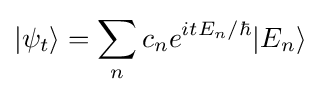
|\psi _{t}\rangle =\sum _{n}c_{n}e^{itE_{n}/\hbar }|E_{n}\rangle